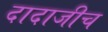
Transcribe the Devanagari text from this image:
दादाजीच